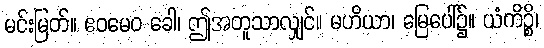
မင်းမြတ်။ ဧဝမေဝ ခေါ၊ ဤအတူသာလျှင်။ မဟိယာ၊ မြေပေါ်၌။ ယံကိဉ္စိ၊